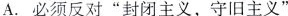
A.必须反对”封闭主义，守旧主义'